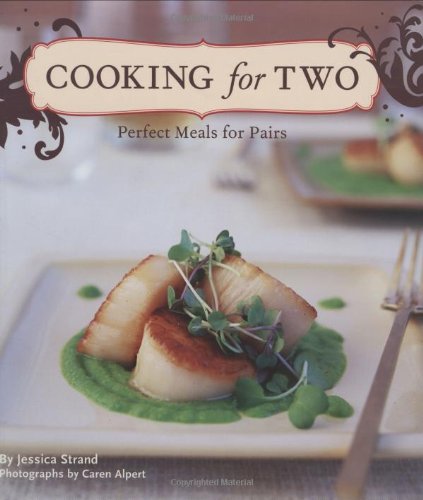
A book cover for Cooking for Two: Perfect Meals for Pairs; Jessica Strand; Cookbooks, Food & Wine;